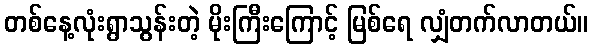
တစ်နေ့လုံးရွာသွန်းတဲ့ မိုးကြီးကြောင့် မြစ်ရေ လျှံတက်လာတယ်။